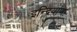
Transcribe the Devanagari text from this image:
इन्द्रियाणा